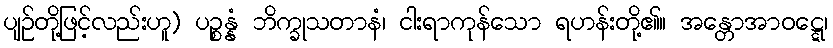
ပျဉ်တို့ဖြင့်လည်းဟူ) ပဉ္စန္နံ ဘိက္ခုသတာနံ၊ ငါးရာကုန်သော ရဟန်းတို့၏။ အန္တောအာဝဋ္ဋေ၊